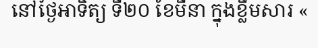
នៅថ្ងៃអាទិត្យ ទី២០ ខែមីនា ក្នុងខ្លឹមសារ «